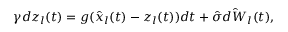
\gamma d z _ { l } ( t ) = g ( \hat { x } _ { l } ( t ) - z _ { l } ( t ) ) d t + \hat { \sigma } \hat { d W } _ { l } ( t ) ,